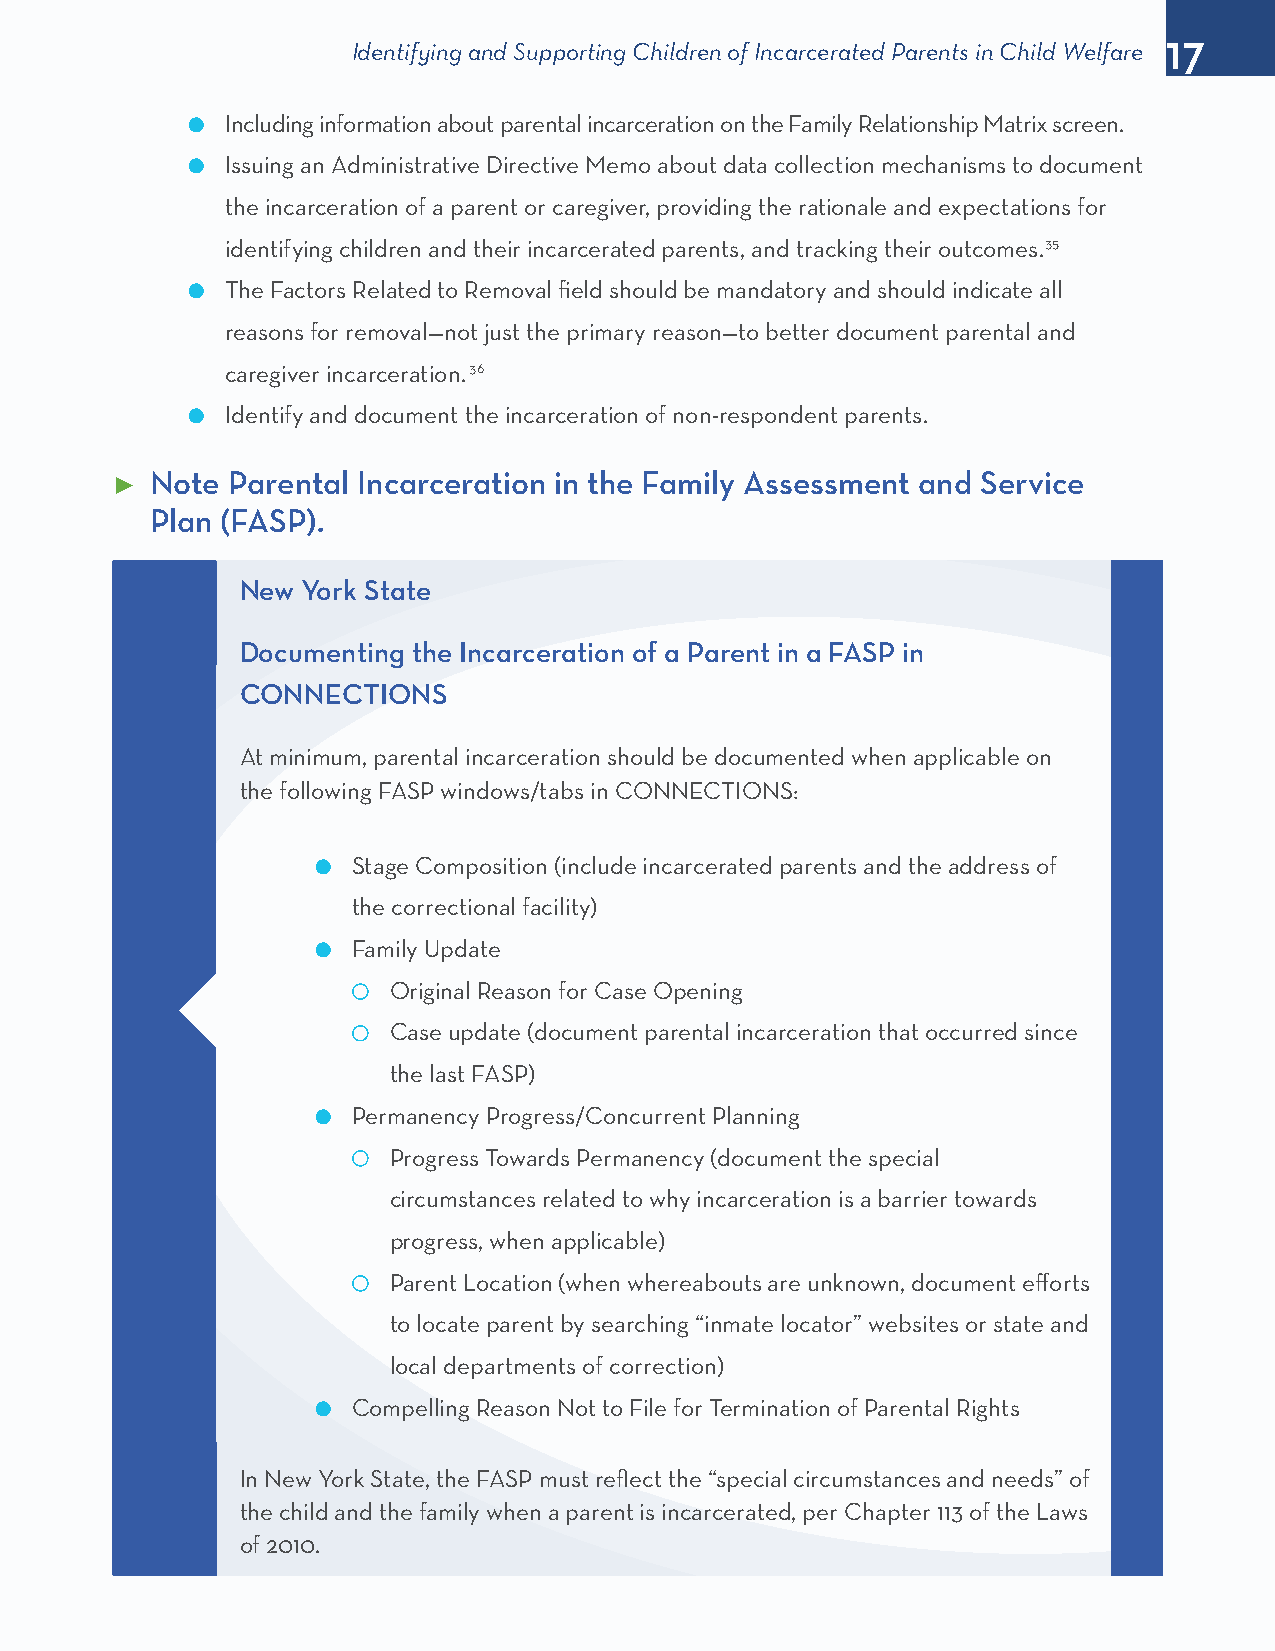
17
 Identifying and Supporting Children of Incarcerated Parents in Child Welfare
 l  Including information about parental incarceration on the Family Relationship Matrix screen.
 l  Issuing an Administrative Directive Memo about data collection mechanisms to document
 the incarceration of a parent or caregiver, providing the rationale and expectations for
 identifying children and their incarcerated parents, and tracking their outcomes.35
 l  The Factors Related to Removal field should be mandatory and should indicate all
 reasons for removal—not just the primary reason—to better document parental and
 caregiver incarceration. 36
 l  Identify and document the incarceration of non-respondent parents.
 Note Parental Incarceration in the Family Assessment and Service
 ►
 Plan (FASP).
 New York State
 Documenting the Incarceration of a Parent in a FASP in
 CONNECTIONS
 At minimum, parental incarceration should be documented when applicable on
 the following FASP windows/tabs in CONNECTIONS:
 l Stage Composition (include incarcerated parents and the address of
 the correctional facility)
 l Family Update
 Original Reason for Case Opening
 Case update (document parental incarceration that occurred since
 the last FASP)
 l Permanency Progress/Concurrent Planning
 Progress Towards Permanency (document the special
 circumstances related to why incarceration is a barrier towards
 progress, when applicable)
 Parent Location (when whereabouts are unknown, document efforts
 to locate parent by searching “inmate locator” websites or state and
 local departments of correction)
 l Compelling Reason Not to File for Termination of Parental Rights
 In New York State, the FASP must reflect the “special circumstances and needs” of
 the child and the family when a parent is incarcerated, per Chapter 113 of the Laws
 of 2010.